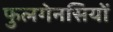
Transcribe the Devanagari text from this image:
फुलगेनसियों